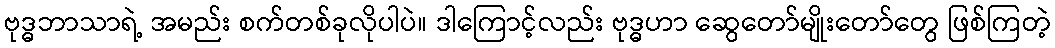
ဗုဒ္ဓဘာသာရဲ့ အမည်း စက်တစ်ခုလိုပါပဲ။ ဒါကြောင့်လည်း ဗုဒ္ဓဟာ ဆွေတော်မျိုးတော်တွေ ဖြစ်ကြတဲ့